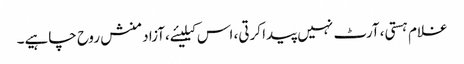
غلام ہستی، آرٹ نہیں پیدا کرتی، اس کیلیئے،آزاد منش روح چاہیے۔